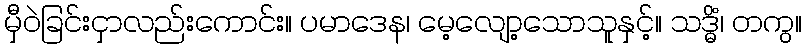
မှီဝဲခြင်းငှာလည်းကောင်း။ ပမာဒေန၊ မေ့လျော့သောသူနှင့်။ သဒ္ဓိံ၊ တကွ။